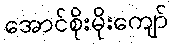
အောင်စိုးမိုးကျော်